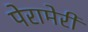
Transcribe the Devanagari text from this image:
पेरामेरी